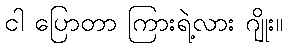
ငါ ပြောတာ ကြားရဲ့လား ဂျိုး။